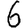
Digit: 6